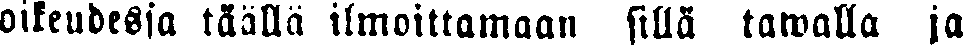
oikeudessa täällä ilmoittamaan sillä lamalla ja